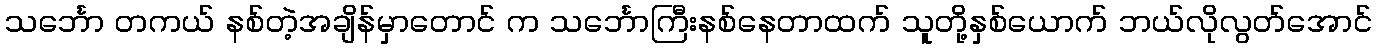
သင်္ဘော တကယ် နစ်တဲ့အချိန်မှာတောင် က သင်္ဘောကြီးနစ်နေတာထက် သူတို့နှစ်ယောက် ဘယ်လိုလွတ်အောင်